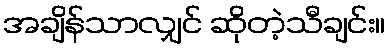
အချိန်သာလျှင် ဆိုတဲ့သီချင်း။